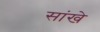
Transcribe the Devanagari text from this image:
सांखे